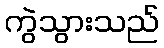
ကွဲသွားသည်